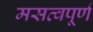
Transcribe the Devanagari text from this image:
मसत्वपूर्ण